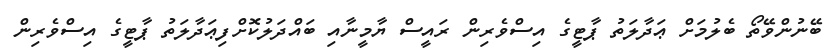
ބޭނުންވޭތޯ ބެލުމަށް ޢަދާލަތު ޕާޓީގެ އިސްވެރިން ރައީސް ޔާމީނާއި ބައްދަލުކޮށްފިޢަދާލަތު ޕާޓީގެ އިސްވެރިން